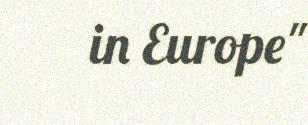
in Europe"